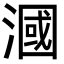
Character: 漍